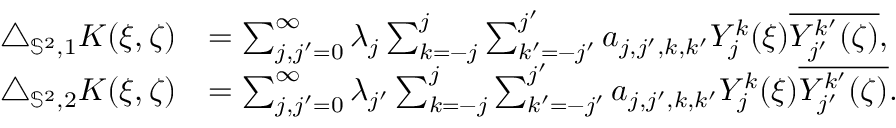
\begin{array} { r l } { \triangle _ { { \mathbb { S } ^ { 2 } } , 1 } K ( \xi , \zeta ) } & { = \sum _ { j , j ^ { \prime } = 0 } ^ { \infty } \lambda _ { j } \sum _ { k = - j } ^ { j } \sum _ { k ^ { \prime } = - j ^ { \prime } } ^ { j ^ { \prime } } a _ { j , j ^ { \prime } , k , k ^ { \prime } } Y _ { j } ^ { k } ( \xi ) \overline { { Y _ { j ^ { \prime } } ^ { k ^ { \prime } } ( \zeta ) } } , } \\ { \triangle _ { { \mathbb { S } ^ { 2 } } , 2 } K ( \xi , \zeta ) } & { = \sum _ { j , j ^ { \prime } = 0 } ^ { \infty } \lambda _ { j ^ { \prime } } \sum _ { k = - j } ^ { j } \sum _ { k ^ { \prime } = - j ^ { \prime } } ^ { j ^ { \prime } } a _ { j , j ^ { \prime } , k , k ^ { \prime } } Y _ { j } ^ { k } ( \xi ) \overline { { Y _ { j ^ { \prime } } ^ { k ^ { \prime } } ( \zeta ) } } . } \end{array}